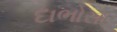
દાભોસા